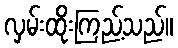
လှမ်းထိုးကြည့်သည်။